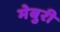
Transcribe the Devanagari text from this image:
मेबुरी